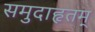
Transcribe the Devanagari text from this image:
समुदाहृतम्